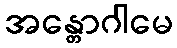
အန္တောဂါမေ